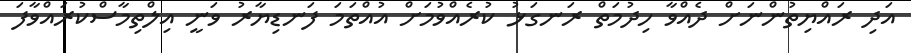
އަދި ރައްޔިތުންނަށް ދެއްވާ ހިދުމަތް ރަނގަޅު ކުރެއްވުމަށް އުއްތަމަ ފަނޑިޔާރު ވަނީ އިލްތިމާސްކުރައްވާފަ